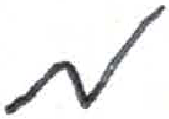
אות: מ